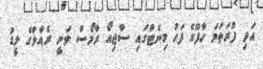
އަދި ފުރަތަމަ ހާފްގެ ފަހު މިނެޓްގައި ސާޖިއޯ ރާމޯސް ވަނީ ރެއާލްގެ ލީޑު